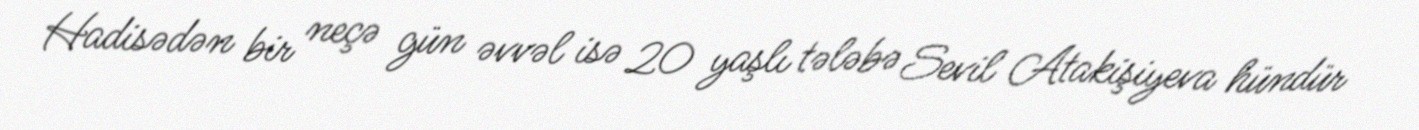
Hadisədən bir neçə gün əvvəl isə 20 yaşlı tələbə Sevil Atakişiyeva hündür